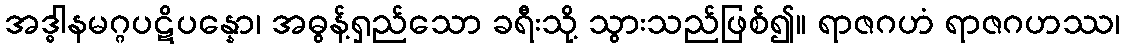
အဒ္ဓါနမဂ္ဂပဋိပန္နော၊ အဓွန့်ရှည်သော ခရီးသို့ သွားသည်ဖြစ်၍။ ရာဇဂဟံ ရာဇဂဟဿ၊